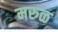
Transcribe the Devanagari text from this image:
मरुळ